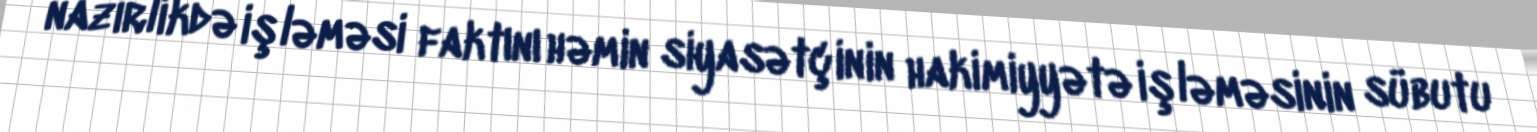
nazirlikdə işləməsi faktını həmin siyasətçinin hakimiyyətə işləməsinin sübutu